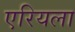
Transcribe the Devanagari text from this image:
एरियला